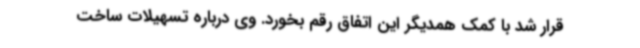
قرار شد با کمک همدیگر این اتفاق رقم بخورد. وی درباره تسهیلات ساخت